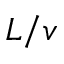
L / v